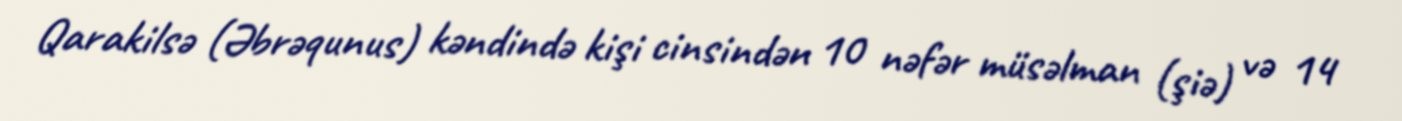
Qarakilsə (Əbrəqunus) kəndində kişi cinsindən 10 nəfər müsəlman (şiə) və 14